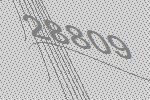
28809